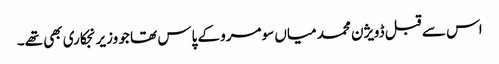
اس سے قبل ڈویژن محمد میاں سومرو کے پاس تھا جو وزیر نجکاری بھی تھے۔